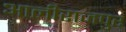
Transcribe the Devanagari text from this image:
आलीराजपुर